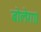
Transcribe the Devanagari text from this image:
बोलेगा।